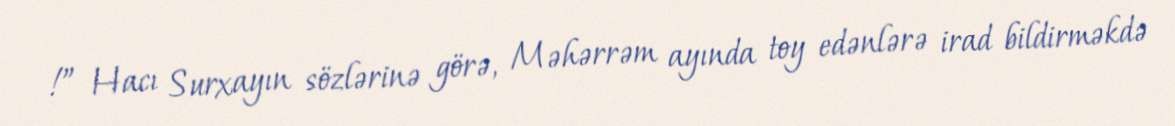
!” Hacı Surxayın sözlərinə görə, Məhərrəm ayında toy edənlərə irad bildirməkdə